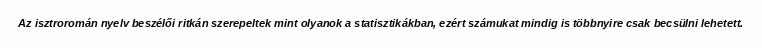
Az isztroromán nyelv beszélői ritkán szerepeltek mint olyanok a statisztikákban, ezért számukat mindig is többnyire csak becsülni lehetett.